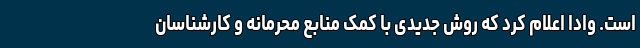
است. وادا اعلام کرد که روش جدیدی با کمک منابع محرمانه و کارشناسان